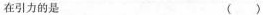
在引力的是()